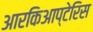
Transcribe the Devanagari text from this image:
आरकिआप्टेरिस